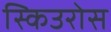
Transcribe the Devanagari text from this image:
स्किउरोस